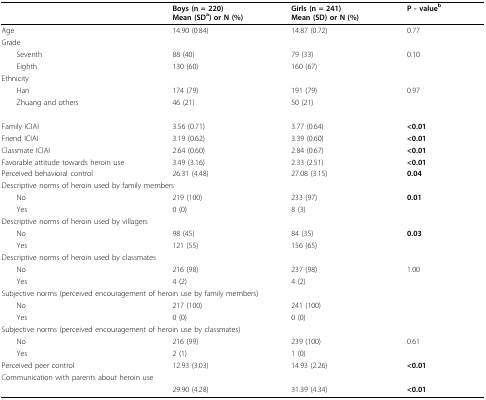
<table><thead><tr><td></td><td><b>Boys (n = 220) Mean (SD<sup>a</sup>) or N (%)</b></td><td><b>Girls (n = 241) Mean (SD) or N (%)</b></td><td><b>P - value<sup>b</sup></b></td></tr></thead><tbody><tr><td>Age</td><td>14.90 (0.84)</td><td>14.87 (0.72)</td><td>0.77</td></tr><tr><td>Grade</td><td></td><td></td><td></td></tr><tr><td> Seventh</td><td>88 (40)</td><td>79 (33)</td><td>0.10</td></tr><tr><td> Eighth</td><td>130 (60)</td><td>160 (67)</td><td></td></tr><tr><td>Ethnicity</td><td></td><td></td><td></td></tr><tr><td> Han</td><td>174 (79)</td><td>191 (79)</td><td>0.97</td></tr><tr><td> Zhuang and others</td><td>46 (21)</td><td>50 (21)</td><td></td></tr><tr><td>Family ICIAI</td><td>3.56 (0.71)</td><td>3.77 (0.64)</td><td><b>&lt;0.01</b></td></tr><tr><td>Friend ICIAI</td><td>3.19 (0.62)</td><td>3.39 (0.60)</td><td><b>&lt;0.01</b></td></tr><tr><td>Classmate ICIAI</td><td>2.64 (0.60)</td><td>2.84 (0.67)</td><td><b>&lt;0.01</b></td></tr><tr><td>Favorable attitude towards heroin use</td><td>3.49 (3.16)</td><td>2.33 (2.51)</td><td><b>&lt;0.01</b></td></tr><tr><td>Perceived behavioral control</td><td>26.31 (4.48)</td><td>27.08 (3.15)</td><td><b>0.04</b></td></tr><tr><td colspan="4">Descriptive norms of heroin used by family members</td></tr><tr><td> No</td><td>219 (100)</td><td>233 (97)</td><td><b>0.01</b></td></tr><tr><td> Yes</td><td>0 (0)</td><td>8 (3)</td><td></td></tr><tr><td colspan="4">Descriptive norms of heroin used by villagers</td></tr><tr><td> No</td><td>98 (45)</td><td>84 (35)</td><td><b>0.03</b></td></tr><tr><td> Yes</td><td>121 (55)</td><td>156 (65)</td><td></td></tr><tr><td colspan="4">Descriptive norms of heroin used by classmates</td></tr><tr><td> No</td><td>216 (98)</td><td>237 (98)</td><td>1.00</td></tr><tr><td> Yes</td><td>4 (2)</td><td>4 (2)</td><td></td></tr><tr><td colspan="4">Subjective norms (perceived encouragement of heroin use by family members)</td></tr><tr><td> No</td><td>217 (100)</td><td>241 (100)</td><td></td></tr><tr><td> Yes</td><td>0 (0)</td><td>0 (0)</td><td></td></tr><tr><td colspan="4">Subjective norms (perceived encouragement of heroin use by classmates)</td></tr><tr><td> No</td><td>216 (99)</td><td>239 (100)</td><td>0.61</td></tr><tr><td> Yes</td><td>2 (1)</td><td>1 (0)</td><td></td></tr><tr><td>Perceived peer control</td><td>12.93 (3.03)</td><td>14.93 (2.26)</td><td><b>&lt;0.01</b></td></tr><tr><td colspan="4">Communication with parents about heroin use</td></tr><tr><td></td><td>29.90 (4.28)</td><td>31.39 (4.34)</td><td><b>&lt;0.01</b></td></tr></tbody></table>